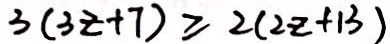
3 ( 3 z + 7 ) \geq 2 ( 2 z + 1 3 )